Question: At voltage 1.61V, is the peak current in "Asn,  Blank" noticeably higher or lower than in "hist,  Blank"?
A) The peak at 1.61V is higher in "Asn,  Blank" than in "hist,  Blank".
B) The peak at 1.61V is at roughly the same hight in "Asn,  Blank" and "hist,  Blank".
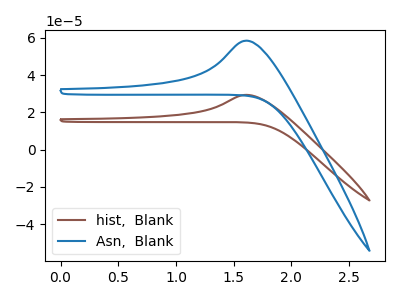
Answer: <think>The brown curve "hist,  Blank" has an anodic peak at: (1.60V, 29.40uA). The blue curve "Asn,  Blank" has an anodic peak at: (1.60V, 58.45uA).</think>
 <answer>A) The peak at 1.61V is higher in "Asn,  Blank" than in "hist,  Blank".</answer>
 <eval>A</eval>